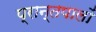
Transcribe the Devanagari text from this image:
प्रान्तपालों